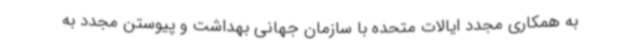
به همکاری مجدد ایالات متحده با سازمان جهانی بهداشت و پیوستن مجدد به